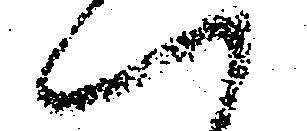
へ